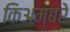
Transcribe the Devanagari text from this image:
किअम्बरे